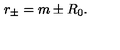
r _ { \pm } = m \pm R _ { 0 } .